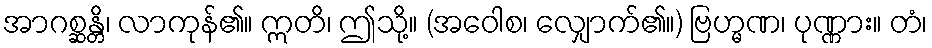
အာဂစ္ဆန္တိ၊ လာကုန်၏။ ဣတိ၊ ဤသို့။ (အဝေါစ၊ လျှောက်၏။) ဗြဟ္မဏ၊ ပုဏ္ဏား။ တံ၊